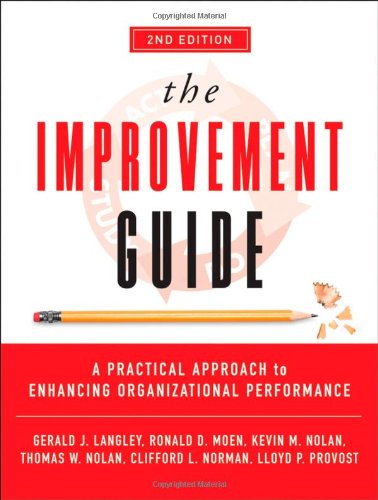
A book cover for The Improvement Guide: A Practical Approach to Enhancing Organizational Performance; Gerald J. Langley; Business & Money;